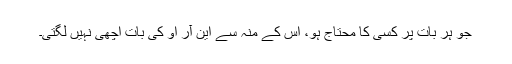
جو ہر بات پر کسی کا محتاج ہو، اس کے منہ سے این آر او کی بات اچھی نہیں لگتی۔